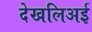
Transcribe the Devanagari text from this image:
देखलिअई